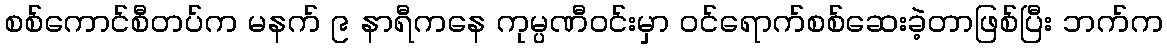
စစ်ကောင်စီတပ်က မနက် ၉ နာရီကနေ ကုမ္ပဏီဝင်းမှာ ဝင်ရောက်စစ်ဆေးခဲ့တာဖြစ်ပြီး ဘက်က